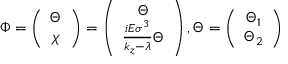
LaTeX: \Phi = \left( \begin{array} { c } { { \Theta } } \\ { { \chi } } \end{array} \right) = \left( \begin{array} { c } { { \Theta } } \\ { { \frac { i E \sigma ^ { 3 } } { k _ { z } - \lambda } \Theta } } \end{array} \right) , \Theta = \left( \begin{array} { c } { { \Theta _ { 1 } } } \\ { { \Theta _ { 2 } } } \end{array} \right)